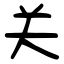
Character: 关